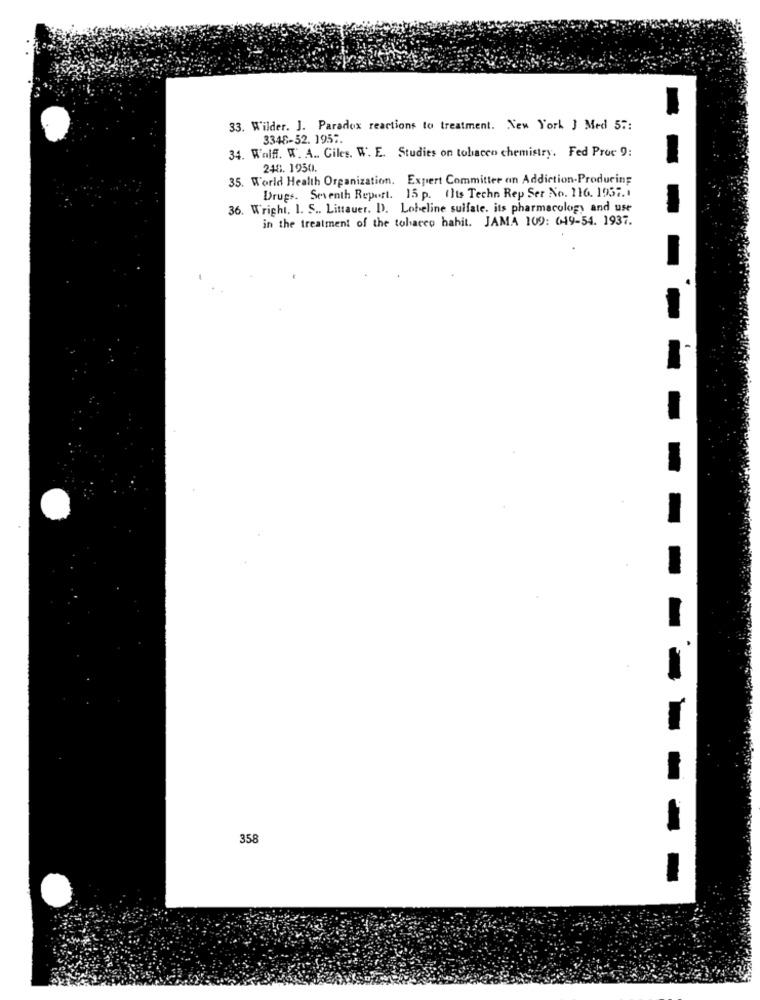
33. Wilder. J. Paradox reactions to treatment. New York J Med 57:
3348-52. 1957.
34. Wolff. W. A .. Giles. W. E. Studies on tobacco chemistry. Fed Proc 9:
248. 1950.
35. World Health Organization. Expert Committee an Addiction-Producing
Drugs. Seventh Report. 15 p. ()ts Techn Rep Ser No. 116. 1957.1
36. Wright, I. S .. Littauer. D). Lobeline sulfate, its pharmacology and use
in the treatment of the tobacco habit. JAMA 109: 049-54. 1937.
358
-----